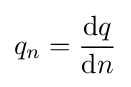
q_{n}={\frac {\mathrm {d} q}{\mathrm {d} n}}